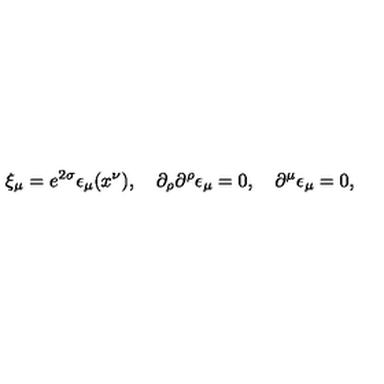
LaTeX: \xi _ { \mu } = e ^ { 2 \sigma } \epsilon _ { \mu } ( x ^ { \nu } ) , \quad \partial _ { \rho } \partial ^ { \rho } \epsilon _ { \mu } = 0 , \quad \partial ^ { \mu } \epsilon _ { \mu } = 0 ,